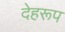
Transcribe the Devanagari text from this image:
देहरूप